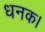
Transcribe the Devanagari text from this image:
धनक।